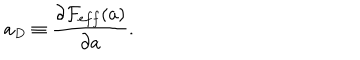
a _ { D } \equiv \frac { \partial { \cal F } _ { e f f } ( a ) } { \partial a } .